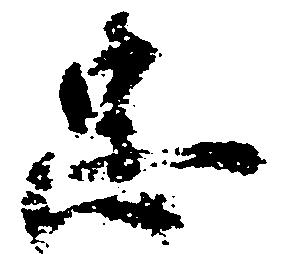
忠